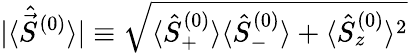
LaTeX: |\langle\hat{\vec{S}}^{(0)}\rangle|\equiv\sqrt{\langle\hat{S}_{+}^{(0)}\rangle\langle\hat{S}_{-}^{(0)}\rangle+\langle\hat{S}_{z}^{(0)}\rangle^{2}}